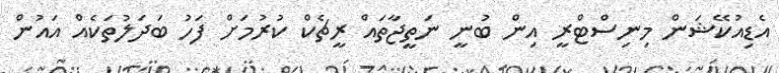
އެޑިއުކޭޝަން މިނިސްޓްރީ އިން ބުނީ ނަތީޖާތައް ރީޗެކް ކުރުމަށް ފަހު ބަދަލުތަކެއް އައުން